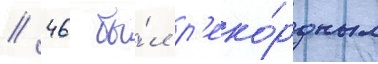
// 46 бы́л р'еко́рдным